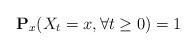
LaTeX: \begin{align*}\mathbf{P}_x(X_t=x,\forall t\geq 0)=1\end{align*}